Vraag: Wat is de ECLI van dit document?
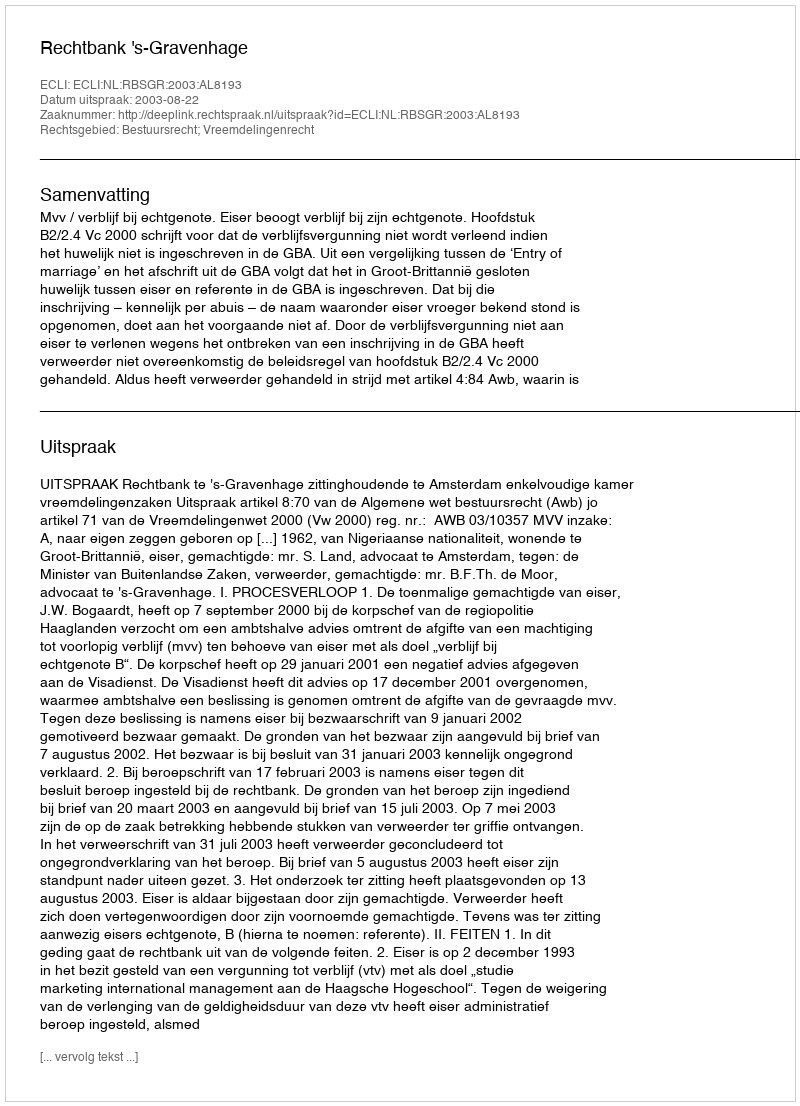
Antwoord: ECLI:NL:RBSGR:2003:AL8193